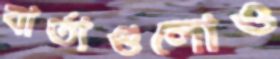
বার্তাগুলোও